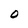
Character: 0